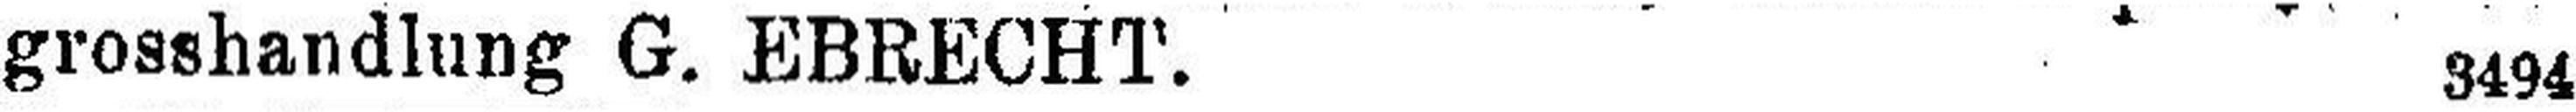
grosshandlung G. EBRECHT. 3494